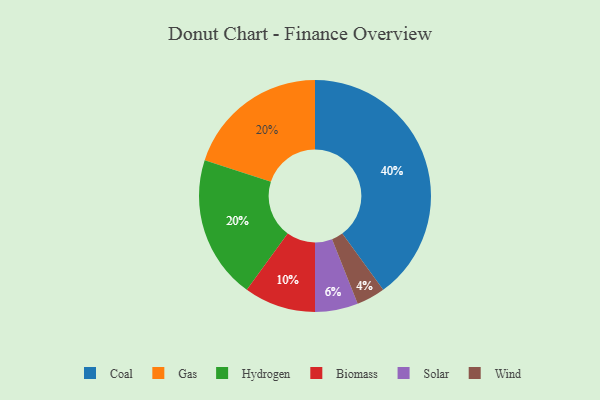
{"axis": {"x": "Category", "y": "Percentage"}, "legend": ["Biomass", "Coal", "Gas", "Hydrogen", "Solar", "Wind"], "data": [{"x": "Wind", "y": 4, "type": "Wind"}, {"x": "Solar", "y": 6, "type": "Solar"}, {"x": "Gas", "y": 20, "type": "Gas"}, {"x": "Hydrogen", "y": 20, "type": "Hydrogen"}, {"x": "Biomass", "y": 10, "type": "Biomass"}, {"x": "Coal", "y": 40, "type": "Coal"}]}